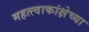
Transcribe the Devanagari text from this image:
महत्त्वाकांक्षेच्या